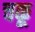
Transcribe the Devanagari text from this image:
चकू